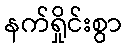
နက်ရှိုင်းစွာ